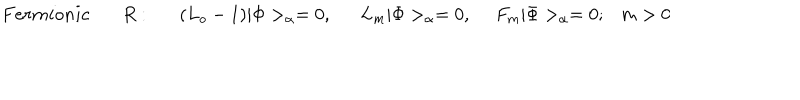
LaTeX: F e r m i o n i c ~ R : ( L _ { o } - 1 ) | \Phi > _ { \alpha } = 0 , L _ { m } | \Phi > _ { \alpha } = 0 , ~ ~ F _ { m } | \Phi > _ { \alpha } = 0 ; m > 0